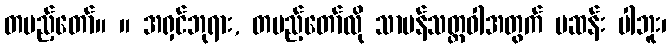
တပည့်တော်။ ။ အရှင်ဘုရား, တပည့်တော်လို သာမန်သတ္တဝါအတွက် မဆန်း ပါဘူး၊